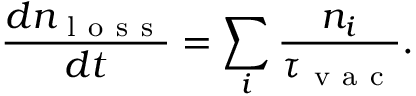
\frac { d n _ { \mathrm { ~ l ~ o ~ s ~ s ~ } } } { d t } = \sum _ { i } \frac { n _ { i } } { \tau _ { \mathrm { ~ v ~ a ~ c ~ } } } .